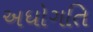
અધોગતિ